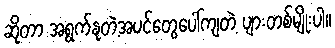
ဆိုတာ အရွက်နုတဲ့အပင်တွေပေါ်ကျတဲ့ ပျားတစ်မျိုးပါ။